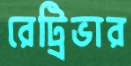
রেট্রিভার